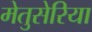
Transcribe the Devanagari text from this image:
मेतुसेरिया